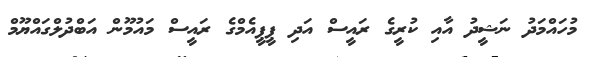
މުހައްމަދު ނަޝީދު އާއި ކުރީގެ ރައީސް އަދި ޕީޕީއެމްގެ ރައީސް މައުމޫން އަބްދުލްގައްޔޫމް